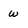
Character: W